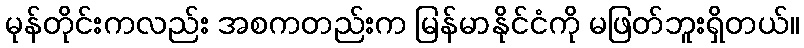
မုန်တိုင်းကလည်း အစကတည်းက မြန်မာနိုင်ငံကို မဖြတ်ဘူးရှိတယ်။